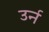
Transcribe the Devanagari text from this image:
उर्न